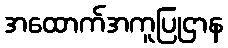
အထောက်အကူပြုဌာန